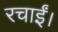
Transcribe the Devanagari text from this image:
रचाईं।